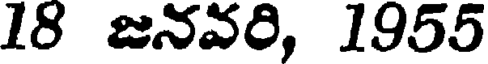
18 జనవరి, 1955